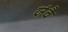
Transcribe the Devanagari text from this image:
जंवै